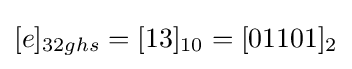
[e]_{32ghs}=[13]_{10}=[01101]_{2}